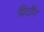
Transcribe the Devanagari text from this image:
ग्रिटींग